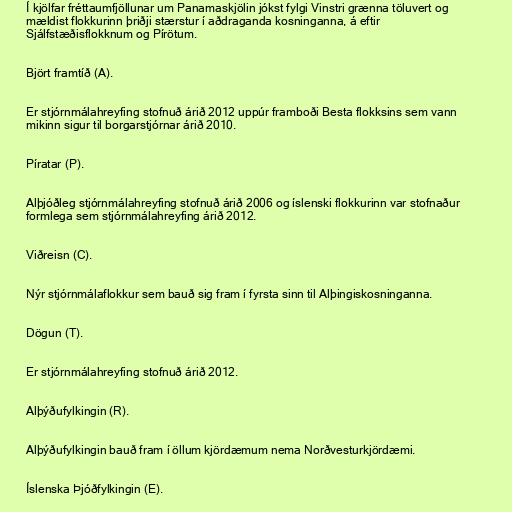
Í kjölfar fréttaumfjöllunar um Panamaskjölin jókst fylgi Vinstri grænna töluvert og
mældist flokkurinn þriðji stærstur í aðdraganda kosninganna, á eftir
Sjálfstæðisflokknum og Pírötum.

Björt framtíð (A).

Er stjórnmálahreyfing stofnuð árið 2012 uppúr framboði Besta flokksins sem vann
mikinn sigur til borgarstjórnar árið 2010.

Píratar (P).

Alþjóðleg stjórnmálahreyfing stofnuð árið 2006 og íslenski flokkurinn var stofnaður
formlega sem stjórnmálahreyfing árið 2012.

Viðreisn (C).

Nýr stjórnmálaflokkur sem bauð sig fram í fyrsta sinn til Alþingiskosninganna.

Dögun (T).

Er stjórnmálahreyfing stofnuð árið 2012.

Alþýðufylkingin (R).

Alþýðufylkingin bauð fram í öllum kjördæmum nema Norðvesturkjördæmi.

Íslenska Þjóðfylkingin (E).